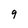
Character: 9